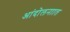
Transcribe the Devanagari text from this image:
आंदोलनाात